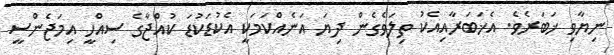
ނިޔާވި ޚަބަރެވެ. އެޚަބަރާއިއެކު ތިލަވެގެން ދިޔަ އަނެއްކަމަކީ އެކުޑަކުޑަ ކުއްޖާގެ ސިއްހީ އިމަޖެންސީ